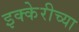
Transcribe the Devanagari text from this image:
इक्केरीच्या